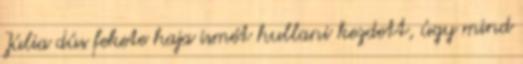
Júlia dús fekete haja ismét hullani kezdett, úgy mind